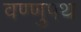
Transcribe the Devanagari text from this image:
वण्णुपथ